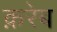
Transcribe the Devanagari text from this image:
क़रेब